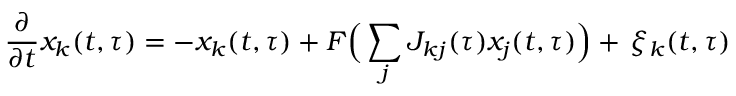
\frac { \partial } { \partial t } x _ { k } ( t , \tau ) = - x _ { k } ( t , \tau ) + F \Big ( \sum _ { j } J _ { k j } ( \tau ) x _ { j } ( t , \tau ) \Big ) + \, \xi _ { k } ( t , \tau )